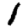
Digit: 1